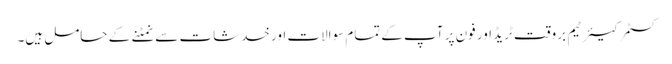
کسٹمر کیئر ٹیم بروقت ٹریڈ اور فون پر آپ کے تمام سوالات اور خدشات سے نمٹنے کے حامل ہیں۔